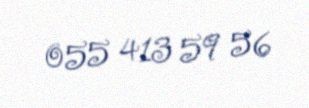
055 413 59 56